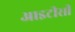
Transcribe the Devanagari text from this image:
आइटीसी